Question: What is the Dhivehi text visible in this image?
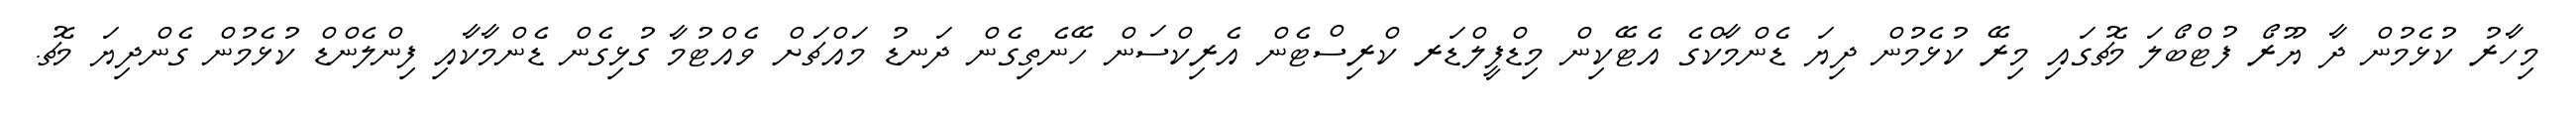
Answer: މިހާރު ކުޅެމުން ދާ ޔޫރޯ ފުޓްބޯލަ މެޗުގައި މިރޭ ކުޅެމުން ދިޔަ ޑެންމާކްގެ އެޓޭކިން މިޑްފީލްޑަރ ކްރިސްޓެން އެރިކްސަން ހޭނެތިގެން ދަނޑު މައްޗަށް ވެއްޓުމާ ގުޅިގެން ޑެންމާކާއި ފިންލެންޑް ކުޅެމުން ގެންދިޔަ މެޗު.